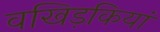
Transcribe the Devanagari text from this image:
वखिड़कियां